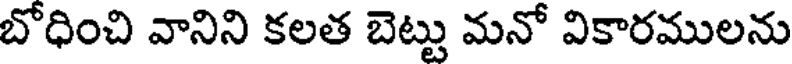
బోధించి వానిని కలత బెట్టు మనో వికారములను